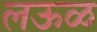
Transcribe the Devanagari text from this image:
लऊळ